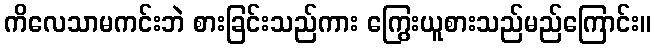
ကိလေသာမကင်းဘဲ စားခြင်းသည်ကား ကြွေးယူစားသည်မည်ကြောင်း။